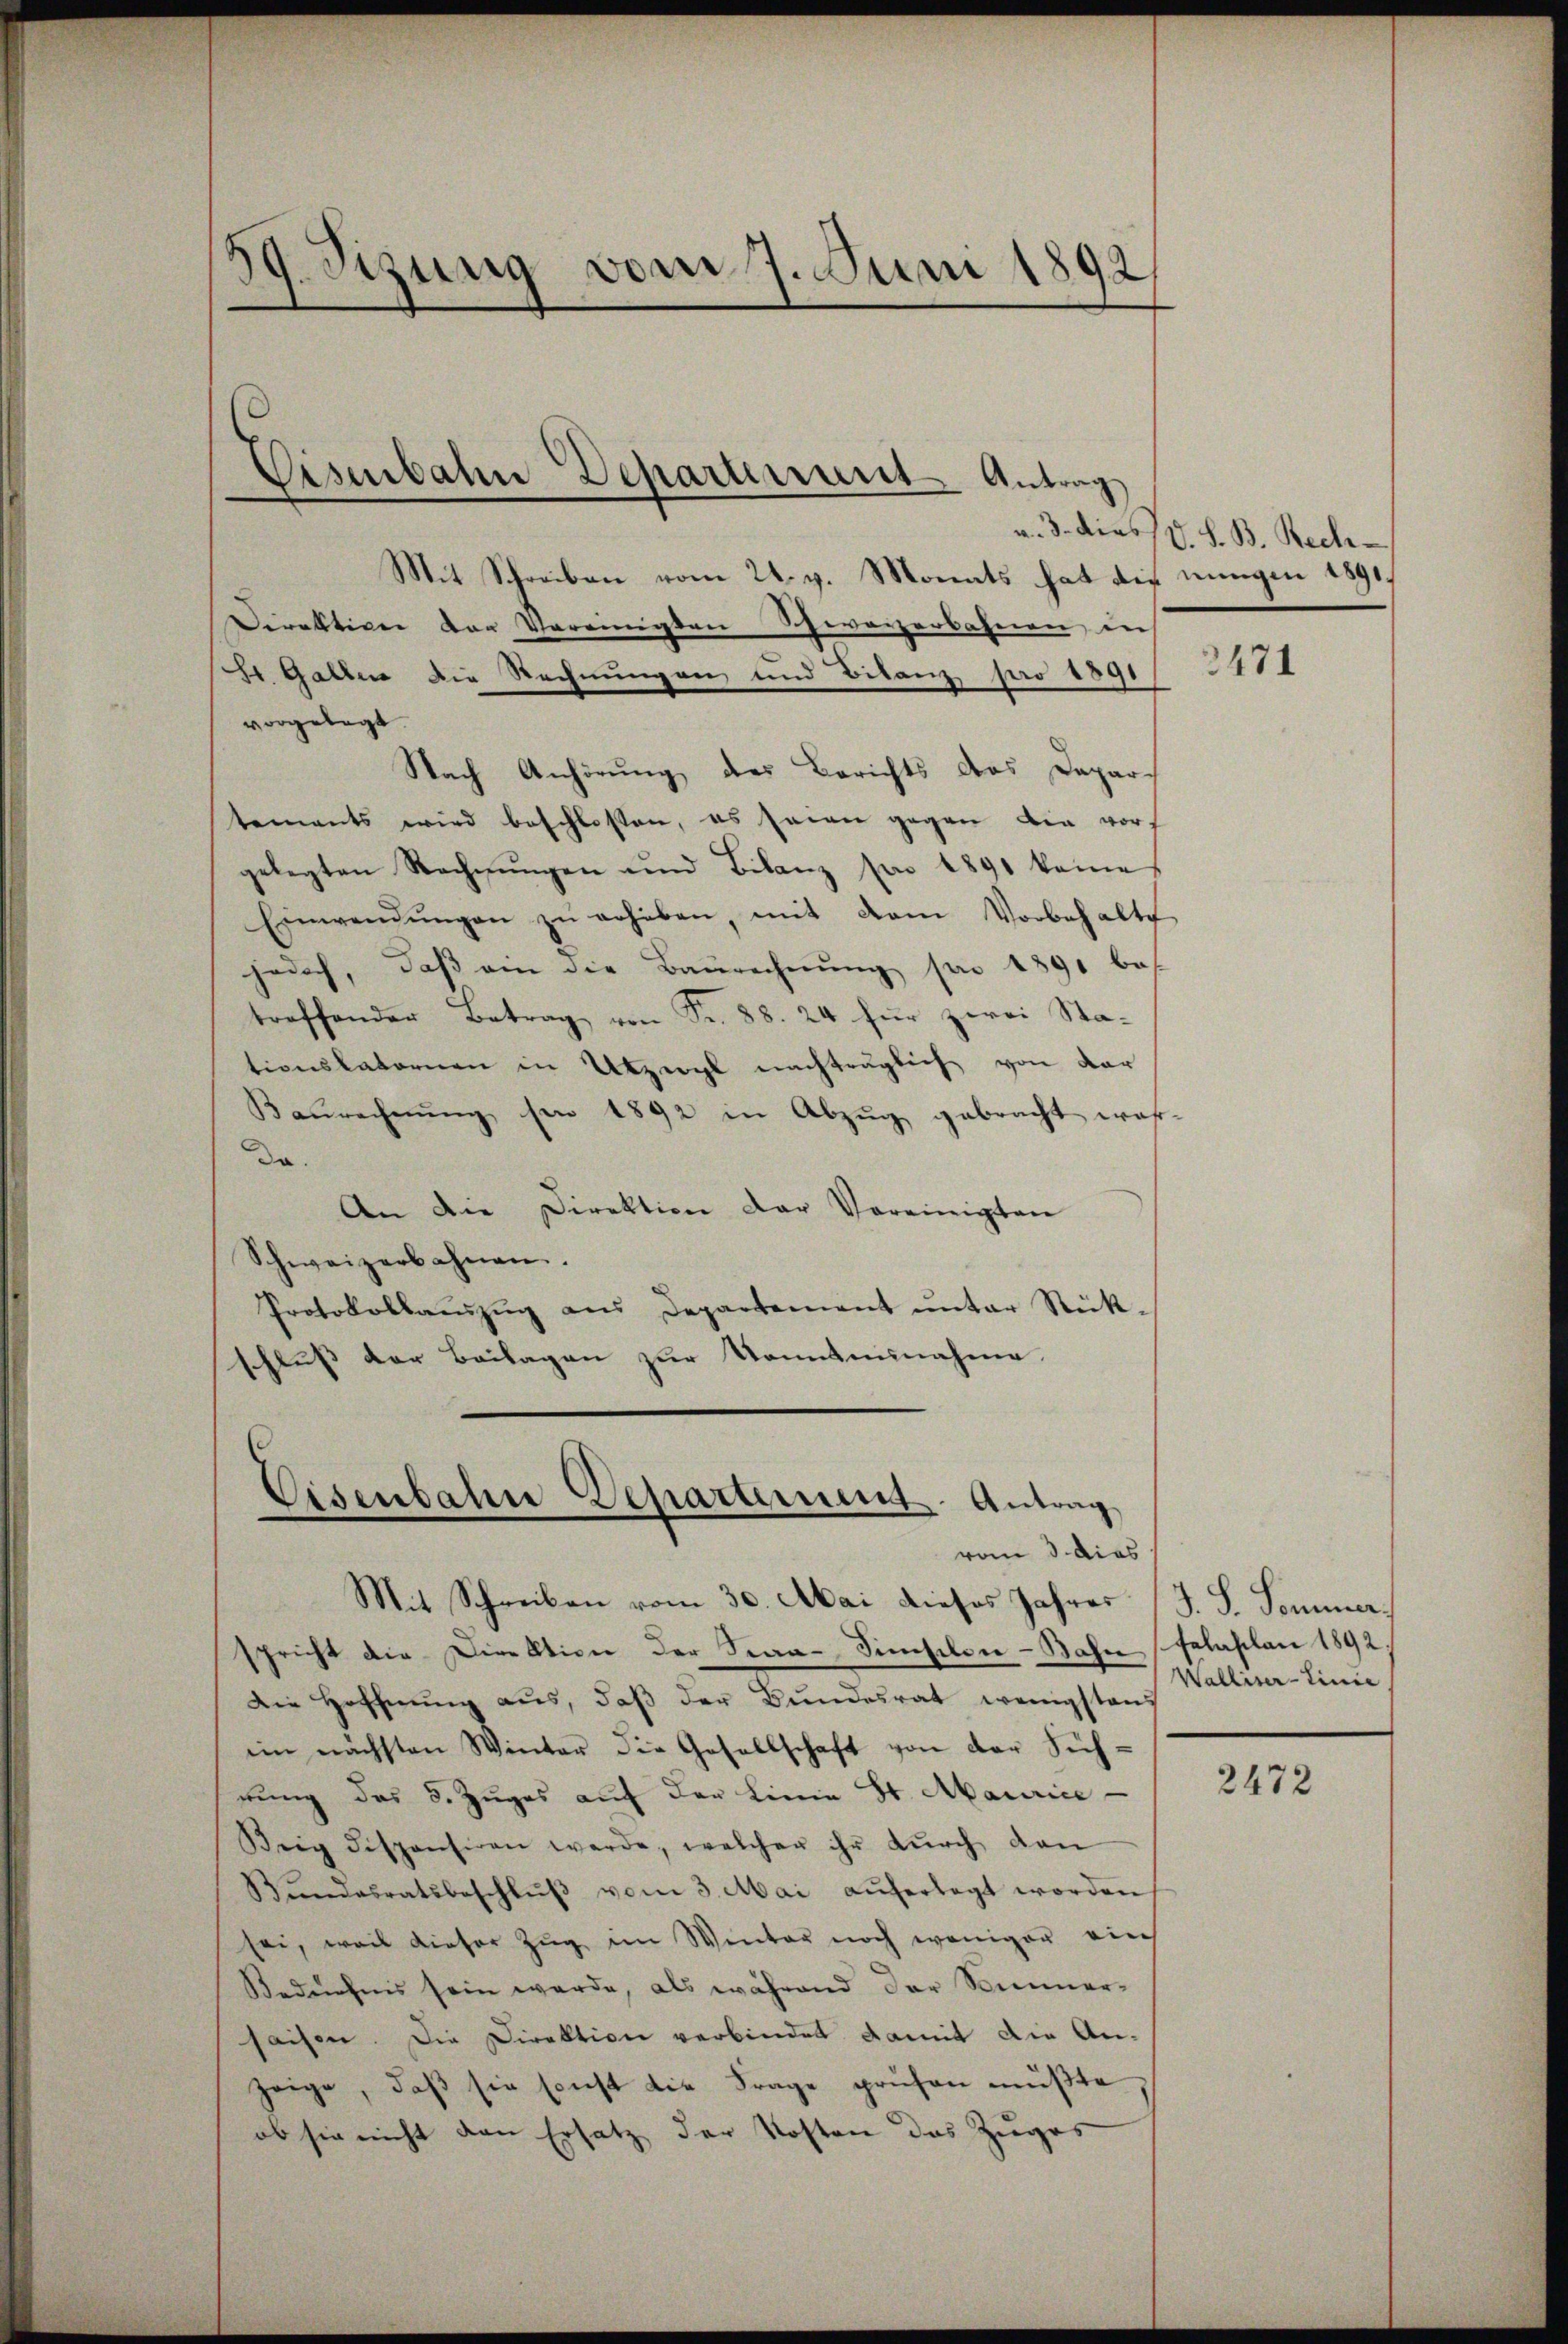
39. Sizung vom 7. Juni 1892

Eisenbahn Departement Antrag

Mit Schreiben vom 24. g. Monats hat die nungen 1891,
Direktion der Vereinigten Schweizerbahnen, in
St. Gallen die Rechnungen und Bitanz pr 1891/
vorgelegt.
Nach Anhörung des Berichts des Departements wird beschlossen, es seien gegen die vorgelegten Rechnŭngen und Bilanz pro 1891 keines
Einwendŭngen zŭ erheben, mit dem Vorbehalte
jedoch, daβ ein die Baurechnŭng pr 1890 bes
treffender Betrag von Fr. 88. 24 für zwei Stationskatorien in Utzwyl nachträglich von der
Baŭrechnŭng per 1892 in Abzŭg gebracht wahr-
Da
An die Direktion der Vereinigten
Schweizerbahnen.
Protokollaŭszŭg ans Departement ŭnter Rück-
schluss der Beilagen zur Konntennahme

Cisenbahn Departement Antrag
vom 3. dies

Mit Schreiben vom 30. Mai dieses Jahres
spricht die Direktion der Fraa-Simselon - Bahn (falaplan 1892;
Die Hoffnŭng aŭs, daβ der Bŭndesrat wenigstens
im nächsten Winter die Gesellschaft von der Sichrung des 8. Zuges auf der Linie St. Maurice
Beig dispensiren werde, welcher ihr dŭrch dan
Bŭndesratsbeschlŭβ vom 3. Mai aŭferlegt worden
sei, weil dieser Zug im Winter noch weniger auch
Bedürfnis sein werde, als während der Sommer-
saisen. Die Direktion verbindet damit die Anzeige, daß sie sonst die Frage prüfen müßte
ob sie nicht den Ersatz der Kosten das Zuges

u. 3. dies V. S. B. Rech

471

J. S. Sommer.
Walliser-Linie

2472